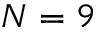
N = 9